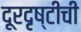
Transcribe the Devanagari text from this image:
दूरदृष्टीची